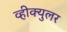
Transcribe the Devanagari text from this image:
व्हीक्युलर